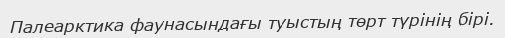
Палеарктика фаунасындағы туыстың төрт түрінің бірі.